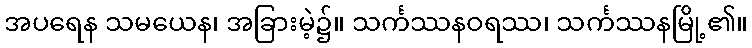
အပရေန သမယေန၊ အခြားမဲ့၌။ သင်္ကဿနဝရဿ၊ သင်္ကဿနမြို့၏။